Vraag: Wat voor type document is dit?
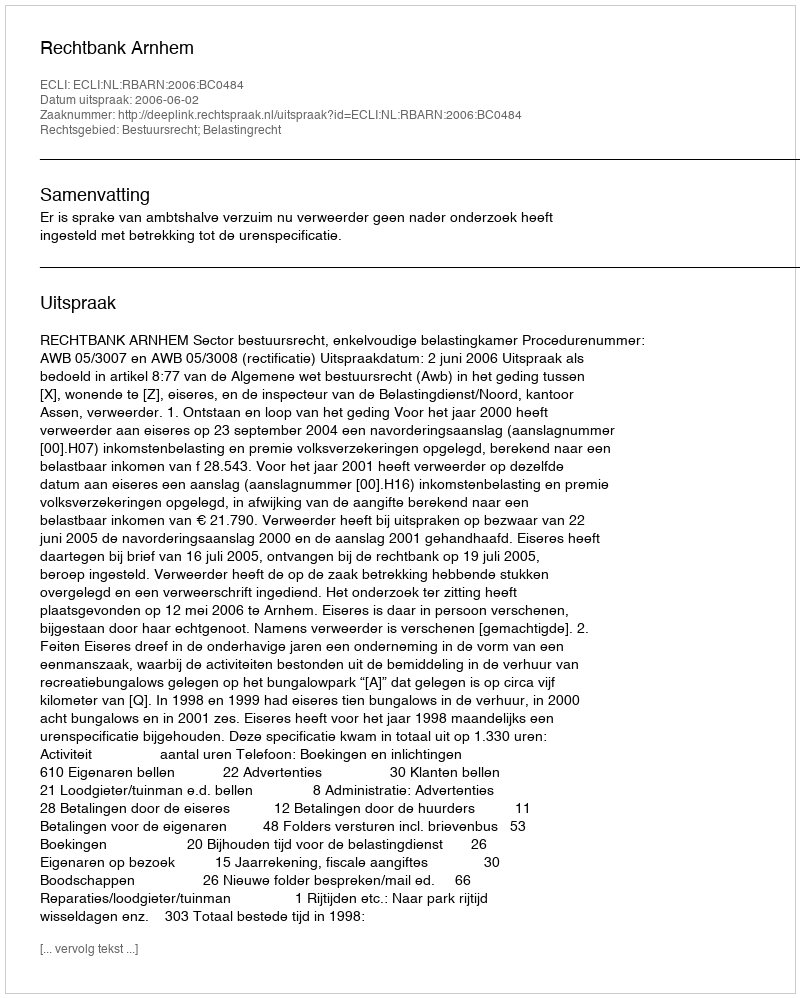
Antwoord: Uitspraak